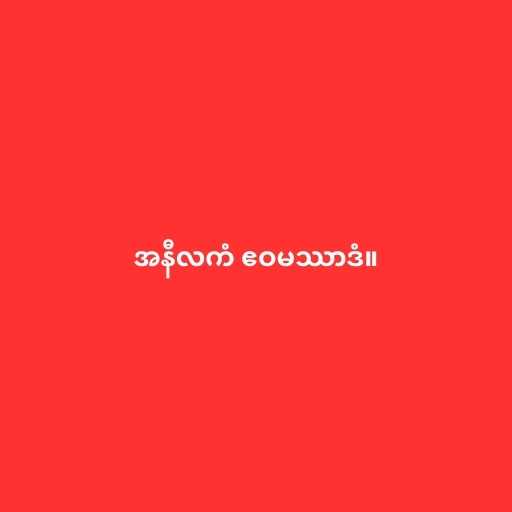
အနီလကံ ဧဝမဿာဒံ။